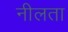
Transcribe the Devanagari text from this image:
नीलता